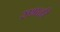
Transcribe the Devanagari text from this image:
सभळी